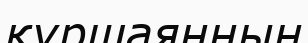
құршаянның